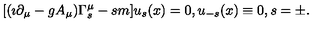
[ ( \imath \partial _ { \mu } - g A _ { \mu } ) \Gamma _ { s } ^ { \mu } - s m ] u _ { s } ( x ) = 0 , u _ { - s } ( x ) \equiv 0 , s = \pm .